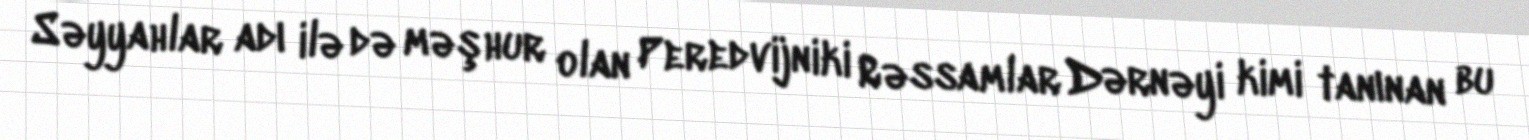
Səyyahlar adı ilə də məşhur olan Peredvijniki Rəssamlar Dərnəyi kimi tanınan bu